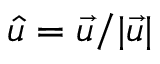
\hat { u } = \vec { u } / | \vec { u } |